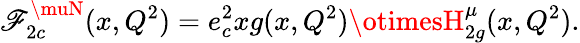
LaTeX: \mathscr{F}_{2c}^{\muN}(x,Q^{2})=e_{c}^{2}xg(x,Q^{2})\otimesH_{2g}^{\mu}(x,Q^{2}).